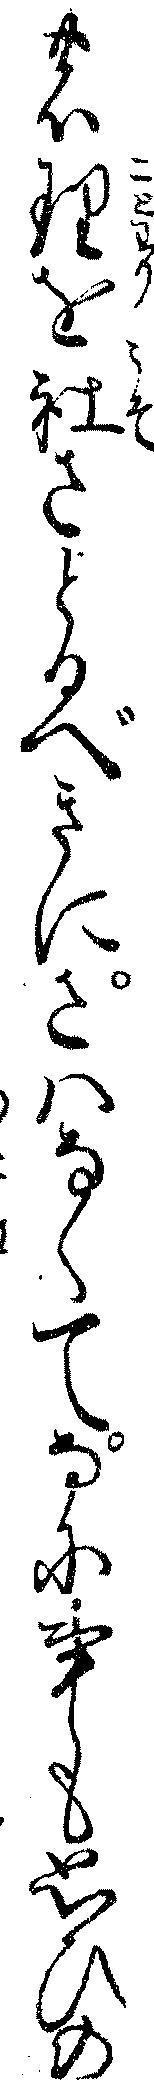
の理を社さとるべきにさハなくてなに事も思ひの